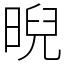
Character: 晲